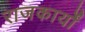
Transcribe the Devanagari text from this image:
राजकार्यों